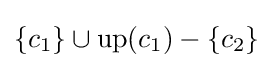
\{c_{1}\}\cup \mathrm {up} (c_{1})-\{c_{2}\}